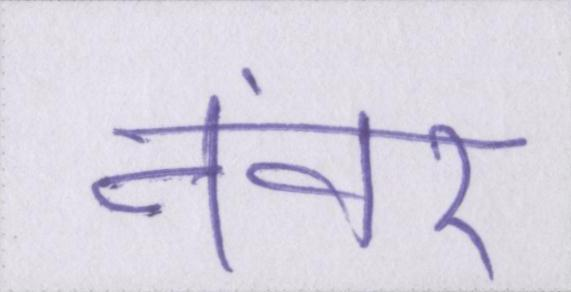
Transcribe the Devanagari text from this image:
नंवर